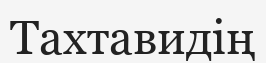
Тахтавидің